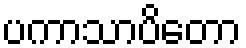
ပကာသာပိတော